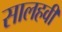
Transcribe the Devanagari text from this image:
सालहवीं